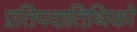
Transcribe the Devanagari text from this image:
प्रतिपदातिथिको